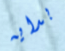
بدايه